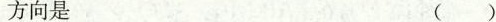
方向是 ( )